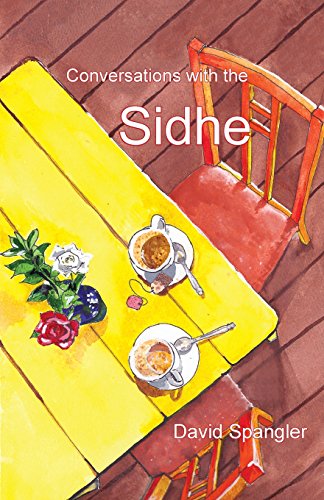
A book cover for Conversations with the Sidhe; David Spangler; Religion & Spirituality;